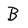
Character: B